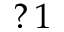
? \, 1